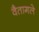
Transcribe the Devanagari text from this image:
वैतागले